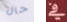
حال في